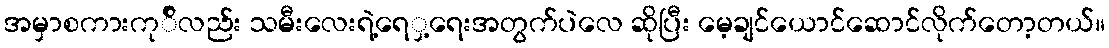
အမှာစကားကု်ိလည်း သမီးလေးရဲ့ရေှ့ရေးအတွက်ပဲလေ ဆိုပြီး မေ့ချင်ယောင်ဆောင်လိုက်တော့တယ်။